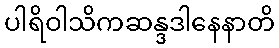
ပါရိဝါသိကဆန္ဒဒါနေနာတိ